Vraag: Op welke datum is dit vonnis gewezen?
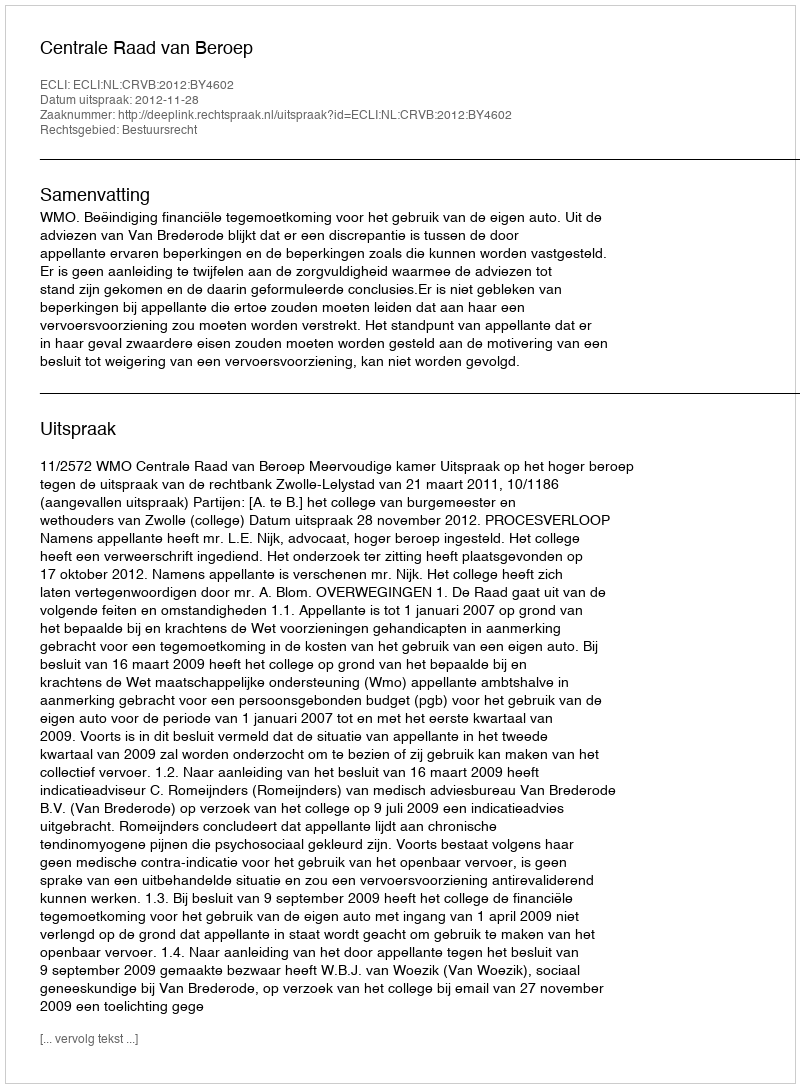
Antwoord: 2012-11-28